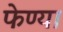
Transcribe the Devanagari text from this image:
फेण्या